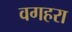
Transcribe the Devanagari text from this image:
वगहरा